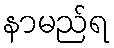
နာမည်ရ